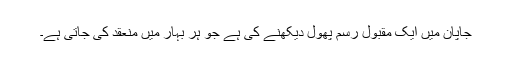
جاپان میں ایک مقبول رسم پھول دیکھنے کی ہے جو ہر بہار میں منعقد کی جاتی ہے۔